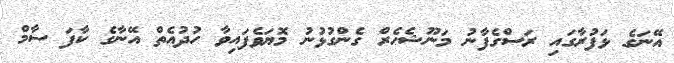
އޭނަގެ ޅަފުރާގައި ރަސްގެފާނު މަނޫޝެހެރް ގެންގުޅުނު މޮޔަވެފައިވާ ހުދުއެތް އޭނާގެ ކާފަ ސާމް